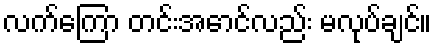
လက်ကြော တင်းအောင်လည်း မလုပ်ချင်။